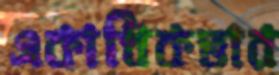
একাধিকভার